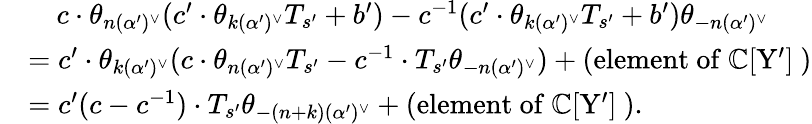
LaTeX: \begin{array}{rl}&{\quad c\cdot\theta_{n(\alpha^{\prime})^{\vee}}(c^{\prime}\cdot\theta_{k(\alpha^{\prime})^{\vee}}T_{s^{\prime}}+b^{\prime})-c^{-1}(c^{\prime}\cdot\theta_{k(\alpha^{\prime})^{\vee}}T_{s^{\prime}}+b^{\prime})\theta_{-n(\alpha^{\prime})^{\vee}}}\\ &{=c^{\prime}\cdot\theta_{k(\alpha^{\prime})^{\vee}}(c\cdot\theta_{n(\alpha^{\prime})^{\vee}}T_{s^{\prime}}-c^{-1}\cdot T_{s^{\prime}}\theta_{-n(\alpha^{\prime})^{\vee}})+\left(\mathrm{element~of~\mathbb{C}[Y']~}\right)}\\ &{=c^{\prime}(c-c^{-1})\cdot T_{s^{\prime}}\theta_{-(n+k)(\alpha^{\prime})^{\vee}}+\left(\mathrm{element~of~\mathbb{C}[Y']~}\right).}\end{array}